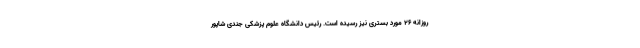
روزانه ۲۶ مورد بستری نیز رسیده است. رئیس دانشگاه علوم پزشکی جندی شاپور